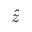
\hat { z }